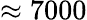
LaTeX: \approx 7000